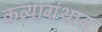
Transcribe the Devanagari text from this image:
कव्याग्रंथात